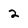
Character: 2